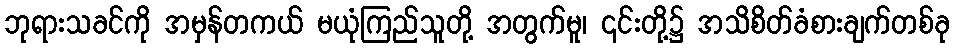
ဘုရားသခင်ကို အမှန်တကယ် မယုံကြည်သူတို့ အတွက်မူ၊ ၎င်းတို့၌ အသိစိတ်ခံစားချက်တစ်ခု